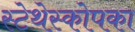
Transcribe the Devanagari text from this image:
स्टेथेस्कोपका